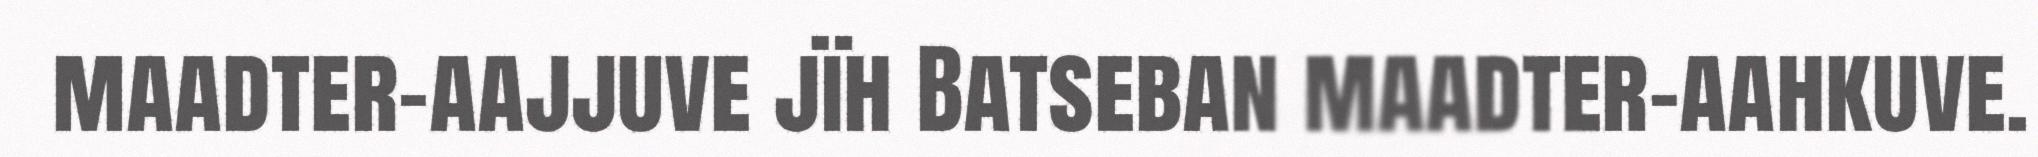
maadter-aajjuve jïh Batseban maadter-aahkuve.